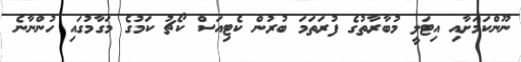
ނޫންކަމަށާއި އިޓަލީ މުބާރާތުގެ ފުރަތަމަ ބުރުން ކެޓިއަސް ކޯޗު ކަމުގެ މަގާމުގައި ހުންނާނެ